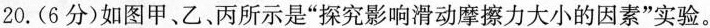
20.(6分)如图甲、乙、丙所示是”探究影响滑动摩擦力大小的因素”实验。